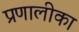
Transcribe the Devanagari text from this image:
प्रणालीका